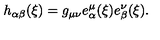
h _ { \alpha \beta } ( \xi ) = g _ { \mu \nu } e _ { \alpha } ^ { \mu } ( \xi ) e _ { \beta } ^ { \nu } ( \xi ) .